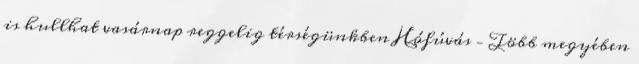
is hullhat vasárnap reggelig térségünkben Hófúvás – Több megyében